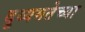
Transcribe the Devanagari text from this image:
दुय्यमतेच्या